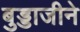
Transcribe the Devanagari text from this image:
बुड्डाजीने